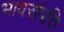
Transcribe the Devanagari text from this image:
भावसंपत्ति